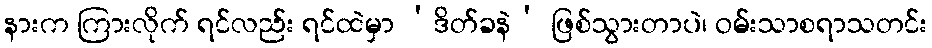
နားက ကြားလိုက် ရင်လည်း ရင်ထဲမှာ ‘ဒိတ်ခနဲ’ ဖြစ်သွားတာပဲ၊ ဝမ်းသာစရာသတင်း